Dysentery and liver abscess in Bombay - Number 47
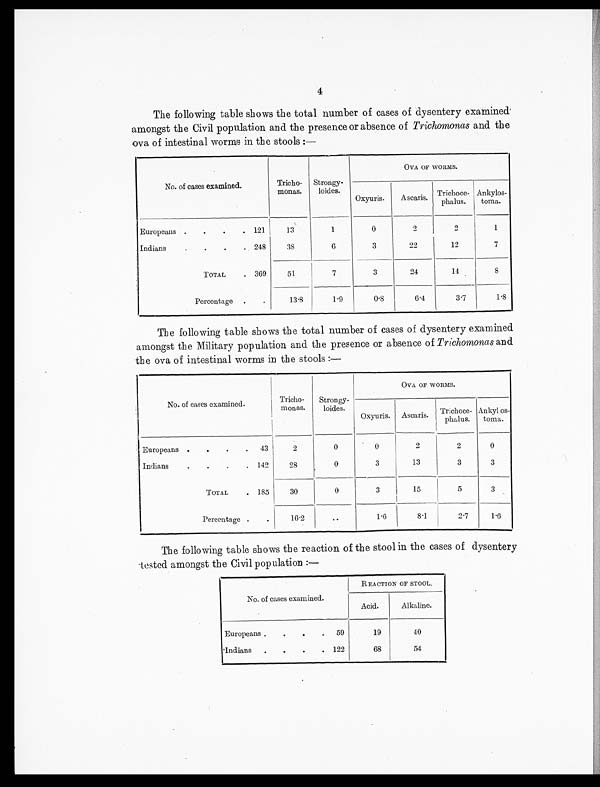
4
The following table shows the total number of cases of dysentery examined
amongst the Civil population and the presence or absence of Trichomonas and the
ova of intestinal worms in the stools :—
No. of cases examined.
Tricho-
monas.
Strongy-
loides.
OVA OF WORMS.
Oxyuris.
Ascaris. Trichoce-
phalus.
A n k y l o s - t
o m a .
Europeans .
.
.
. 121
13
1
0
2
2
1
Indians
.
. .
. 248
38
6
3
22
12
7
TOTAL
.
369
51
7
3
24
14
8
Percentage .
.
13.8
1.9
0.8
6.4
3.7
1.8
The following table shows the total number of cases of dysentery examined
amongst the Military population and the presence or absence of Trichomonas and
the ova of intestinal worms in the stools :—
No. of cases examined.
Tricho-
monas.
Strongy-
loides.
OVA OF WORMS.
Oxyuris. Ascaris. Trichoce-
phalus.
Ankyl os-
toma.
Europeans .
.
.
. 43
2
0
0
2
2
0
Indians
.
.
.
. 142
28
0
3
13
3
3
TOTAL
.
185
30
0
3
15
5
3
Percentage .
.
16.2
..
1.6
8.1
2.7
1.6
The following table shows the reaction of the stool in the cases of dysentery
tested amongst the Civil population :—
No. of cases examined.
REACTION OF STOOL.
Acid.
Alkaline.
Europeans
Indians
.
.
.
.
.
.
.
.
59
122
19
68
40
54